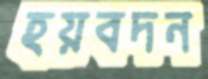
হয়বদন